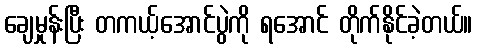
ချေမှုန်းပြီး တကယ့်အောင်ပွဲကို ရအောင် တိုက်နိုင်ခဲ့တယ်။